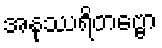
အနုဿရိတဗ္ဗော